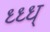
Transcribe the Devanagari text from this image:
ध्ध्ध्